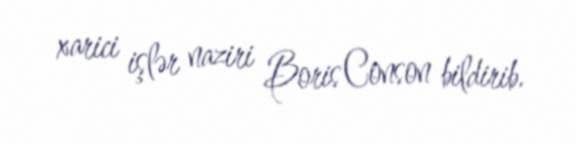
xarici işlər naziri Boris Conson bildirib.